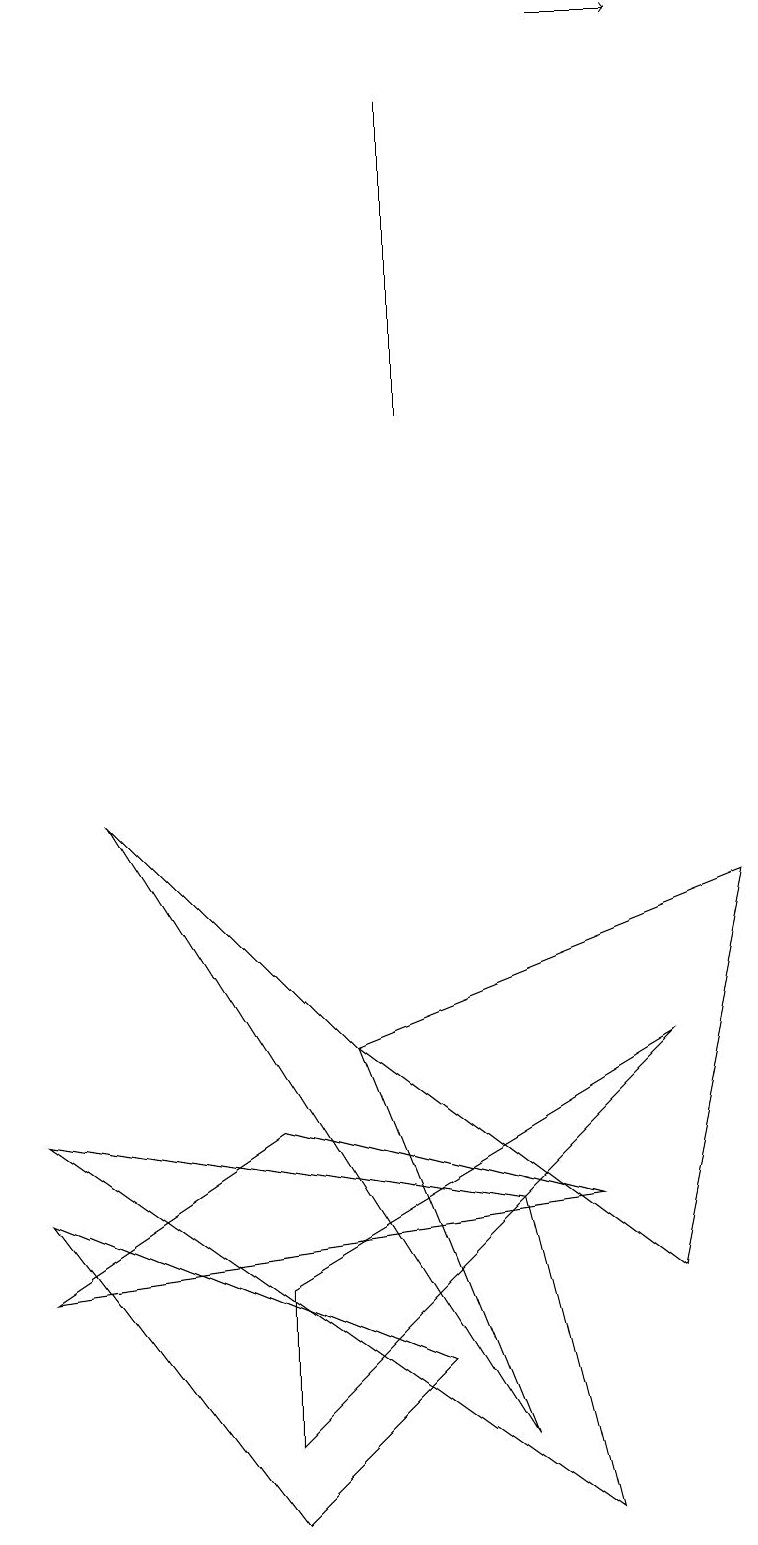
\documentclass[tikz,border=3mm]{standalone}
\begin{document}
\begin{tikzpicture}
\draw (5,2) -- (0,4) -- (3,0) -- cycle;
\draw (5,18) rectangle (5,14);
\draw (3,1) -- (3,3) -- (8,6) -- cycle;
\draw (0,3) -- (3,5) -- (7,4) -- cycle;
\draw (6,4) -- (0,5) -- (7,0) -- cycle;
\draw (8,3) -- (4,6) -- (9,8) -- cycle;
\draw (4,6) -- (1,9) -- (6,1) -- cycle;
\draw[->] (7,19) -- (8,19);
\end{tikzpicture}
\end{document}